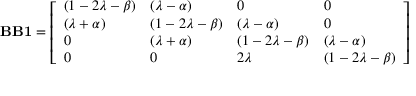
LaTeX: \mathbf { B B 1 } = { \left[ \begin{array} { l l l l } { ( 1 - 2 \lambda - \beta ) } & { ( \lambda - \alpha ) } & { 0 } & { 0 } \\ { ( \lambda + \alpha ) } & { ( 1 - 2 \lambda - \beta ) } & { ( \lambda - \alpha ) } & { 0 } \\ { 0 } & { ( \lambda + \alpha ) } & { ( 1 - 2 \lambda - \beta ) } & { ( \lambda - \alpha ) } \\ { 0 } & { 0 } & { 2 \lambda } & { ( 1 - 2 \lambda - \beta ) } \end{array} \right] }